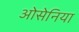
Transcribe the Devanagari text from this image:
ओसेनिया